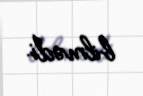
bilmədi.